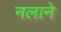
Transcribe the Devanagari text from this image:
नलाने